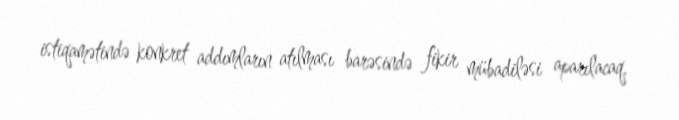
istiqamətində konkret addımların atılması barəsində fikir mübadiləsi aparılacaq.